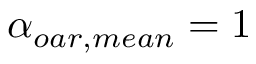
\alpha _ { o a r , m e a n } = 1